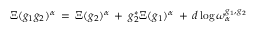
\Xi ( g _ { 1 } g _ { 2 } ) ^ { \alpha } \: = \: \Xi ( g _ { 2 } ) ^ { \alpha } \: + \: g _ { 2 } ^ { * } \Xi ( g _ { 1 } ) ^ { \alpha } \: + \: d \log \omega _ { \alpha } ^ { g _ { 1 } , g _ { 2 } }